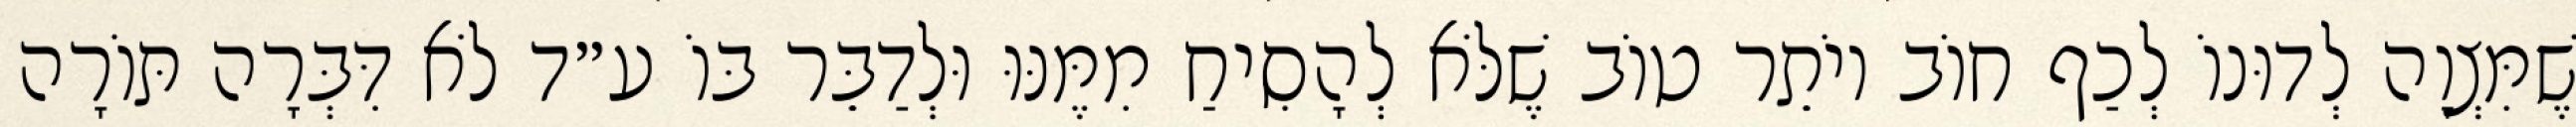
שֶׁמִּצְוָה לְדוּנוֹ לְכַף חוֹב יוֹתֵר טוֹב שֶׁלֹּא לְהָסִיחַ מִמֶּנּוּ וּלְדַבֵּר בּוֹ ע״ד לֹא דִּבְּרָה תּוֹרָה